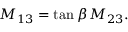
{ \cal M } _ { 1 3 } = \tan \beta \, { \cal M } _ { 2 3 } .